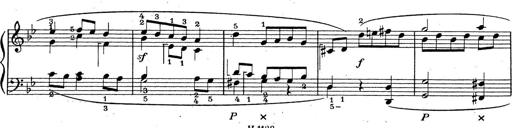
Title: ÄŒeskÃ© Sonatiny
Composer: Various